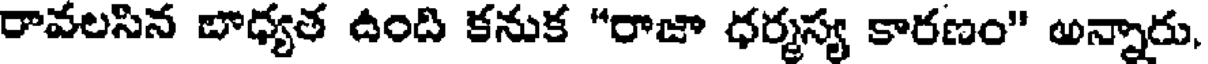
రావలసిన బాధ్యత ఉంది కనుక "రాజా ధర్మస్య కారణం" అన్నారు,